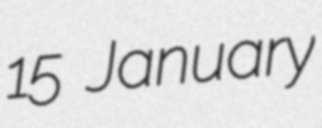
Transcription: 15 January